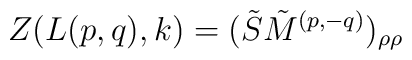
Z(L(p,q),k)=(\tilde{S}\tilde{M}^{(p,-q)})_{\rho\rho}